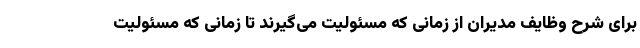
برای شرح وظایف مدیران از زمانی که مسئولیت می‌گیرند تا زمانی که مسئولیت